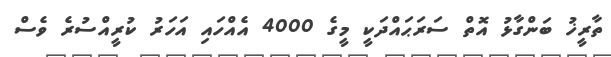
ތާރީޚު ބަންގާޅު އޮތް ސަރަޙައްދަކީ މީގެ 4000 އެއްހައި އަހަރު ކުރީއްސުރެ ވެސް